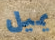
يميل